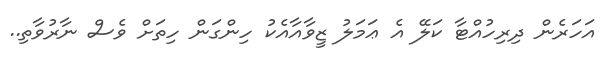
އަހަރެން ދިރިހުއްޓާ ކަލޭ އެ ޢަމަލު ޒީވާއާއެކު ހިންގަން ހިތަށް ވެސް ނާރުވާތި..